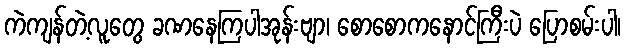
ကဲကျန်တဲ့လူတွေ ခဏနေကြပါအုန်းဗျာ၊ စောစောကနောင်ကြီးပဲ ပြောစမ်းပါ၊